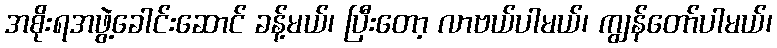
အစိုးရအဖွဲ့ခေါင်းဆောင် ခန့်မယ်၊ ပြီးတော့ လာဗယ်ပါမယ်၊ ကျွန်တော်ပါမယ်၊